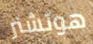
هوتشنر